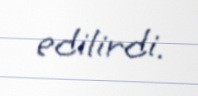
edilirdi.